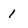
Character: 1